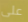
على